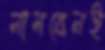
নামবেনই